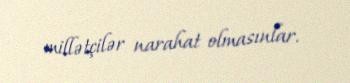
millətçilər narahat olmasınlar.